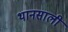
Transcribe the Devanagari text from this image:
थानसाली